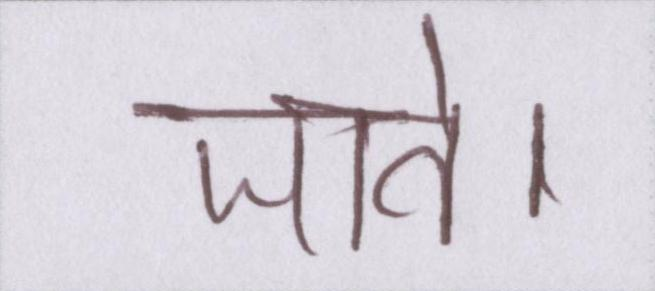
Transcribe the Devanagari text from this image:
जाते।